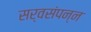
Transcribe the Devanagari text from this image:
सर्वसंपन्न